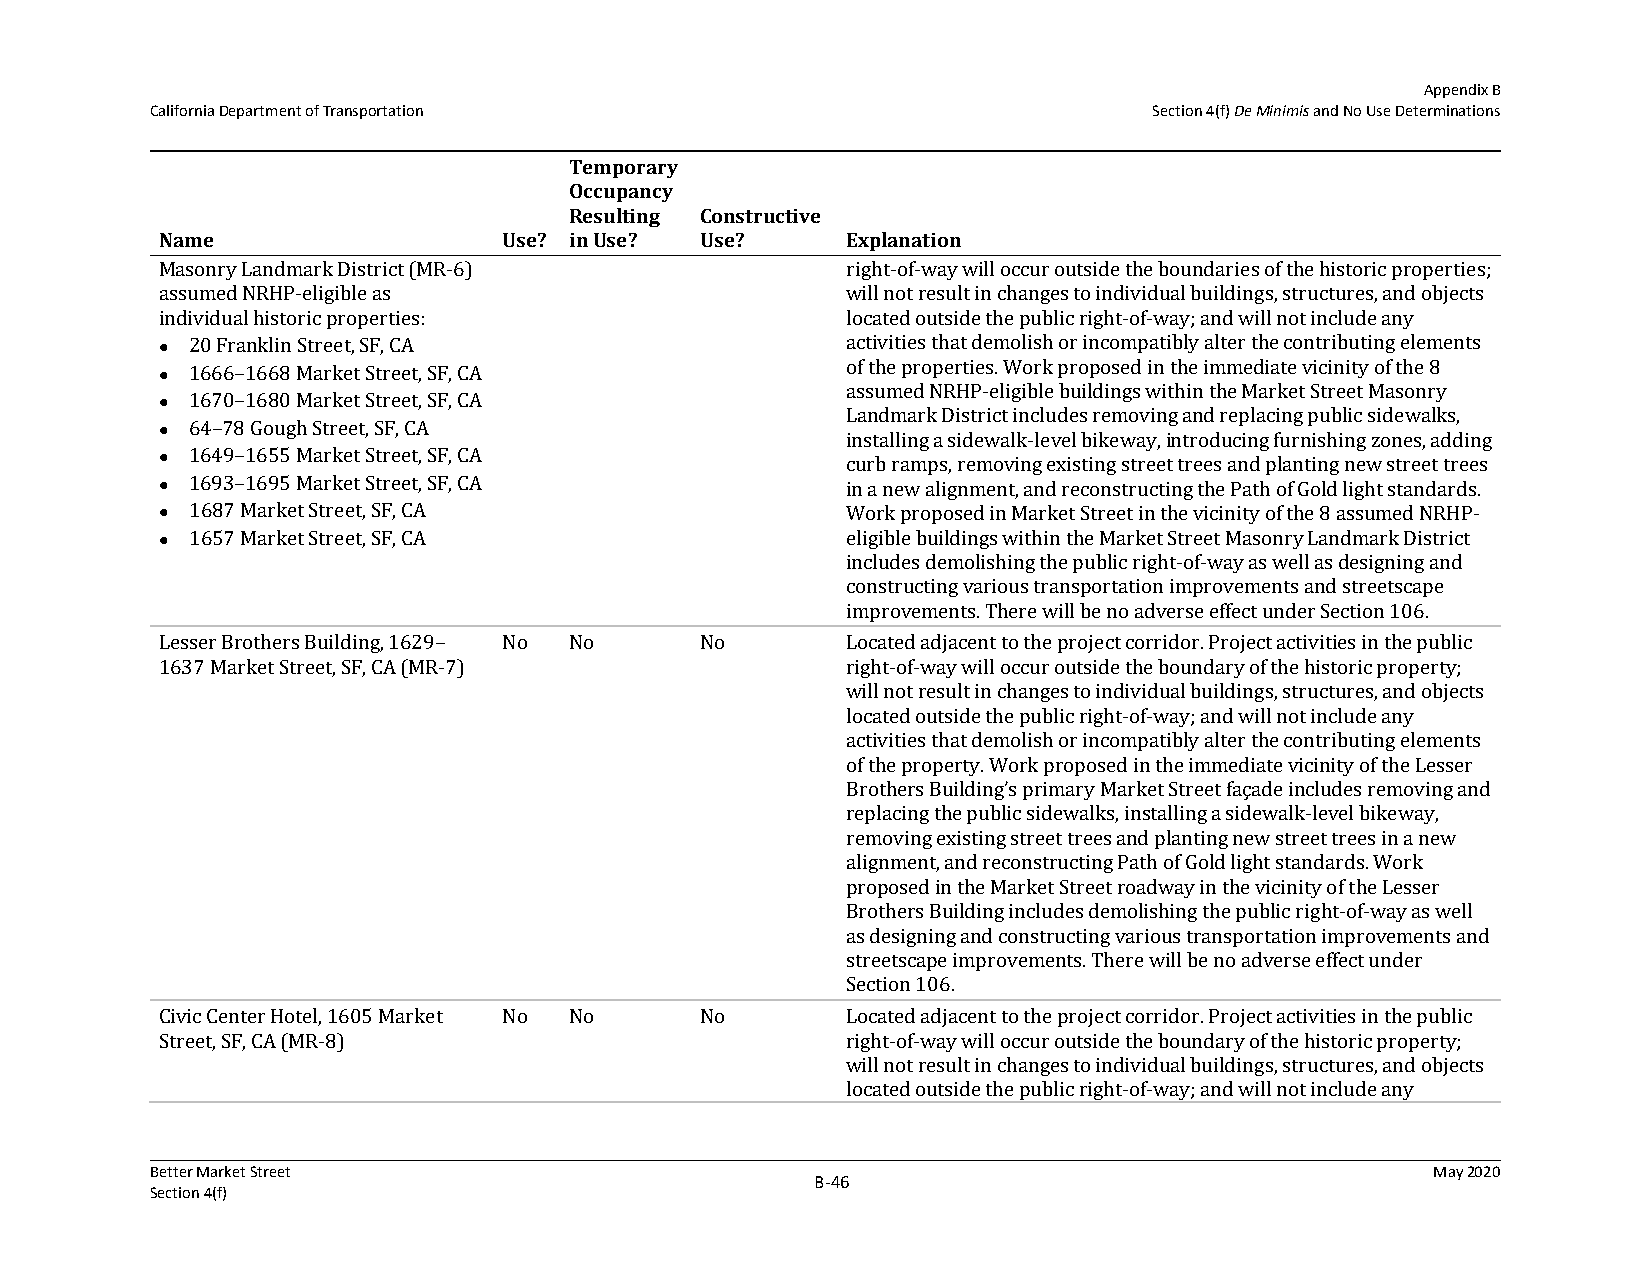
Appendix B
 California Department of Transportation                           Section 4(f) De Minimis and No Use Determinations
 Temporary
 Occupancy
 Resulting Constructive
 Name                  Use? in Use? Use?      Explanation
 Masonry Landmark District (MR-6)             right-of-way will occur outside the boundaries of the historic properties;
 assumed NRHP-eligible as                     will not result in changes to individual buildings, structures, and objects
 individual historic properties:              located outside the public right-of-way; and will not include any
 20 Franklin Street, SF, CA                 activities that demolish or incompatibly alter the contributing elements
 
 1666–1668 Market Street, SF, CA            of the properties. Work proposed in the immediate vicinity of the 8
 
 assumed NRHP-eligible buildings within the Market Street Masonry
 1670–1680 Market Street, SF, CA
 
 Landmark District includes removing and replacing public sidewalks,
 64–78 Gough Street, SF, CA
                                             installing a sidewalk-level bikeway, introducing furnishing zones, adding
 1649–1655 Market Street, SF, CA
                                             curb ramps, removing existing street trees and planting new street trees
  1693–1695 Market Street, SF, CA            in a new alignment, and reconstructing the Path of Gold light standards.
  1687 Market Street, SF, CA                 Work proposed in Market Street in the vicinity of the 8 assumed NRHP-
 1657 Market Street, SF, CA                 eligible buildings within the Market Street Masonry Landmark District
 
 includes demolishing the public right-of-way as well as designing and
 constructing various transportation improvements and streetscape
 improvements. There will be no adverse effect under Section 106.
 Lesser Brothers Building, 1629– No No No     Located adjacent to the project corridor. Project activities in the public
 1637 Market Street, SF, CA (MR-7)            right-of-way will occur outside the boundary of the historic property;
 will not result in changes to individual buildings, structures, and objects
 located outside the public right-of-way; and will not include any
 activities that demolish or incompatibly alter the contributing elements
 of the property. Work proposed in the immediate vicinity of the Lesser
 Brothers Building’s primary Market Street façade includes removing and
 replacing the public sidewalks, installing a sidewalk-level bikeway,
 removing existing street trees and planting new street trees in a new
 alignment, and reconstructing Path of Gold light standards. Work
 proposed in the Market Street roadway in the vicinity of the Lesser
 Brothers Building includes demolishing the public right-of-way as well
 as designing and constructing various transportation improvements and
 streetscape improvements. There will be no adverse effect under
 Section 106.
 Civic Center Hotel, 1605 Market No No No     Located adjacent to the project corridor. Project activities in the public
 Street, SF, CA (MR-8)                        right-of-way will occur outside the boundary of the historic property;
 will not result in changes to individual buildings, structures, and objects
 located outside the public right-of-way; and will not include any
 Better Market Street                                                                 May 2020
 B‐46
 Section 4(f)